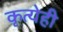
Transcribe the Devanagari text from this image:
कृत्येही